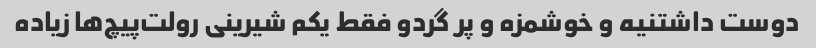
دوست داشتنیه و خوشمزه و پر گردو فقط یکم شیرینی رولت‌پیچ‌ها زیاده